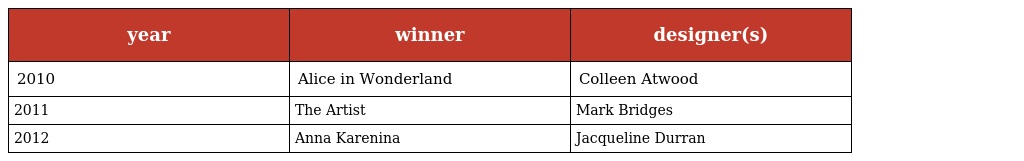
| year | winner | designer(s) |
 | --- | --- | --- |
 | 2010 | Alice in Wonderland | Colleen Atwood |
 | 2011 | The Artist | Mark Bridges |
 | 2012 | Anna Karenina | Jacqueline Durran |